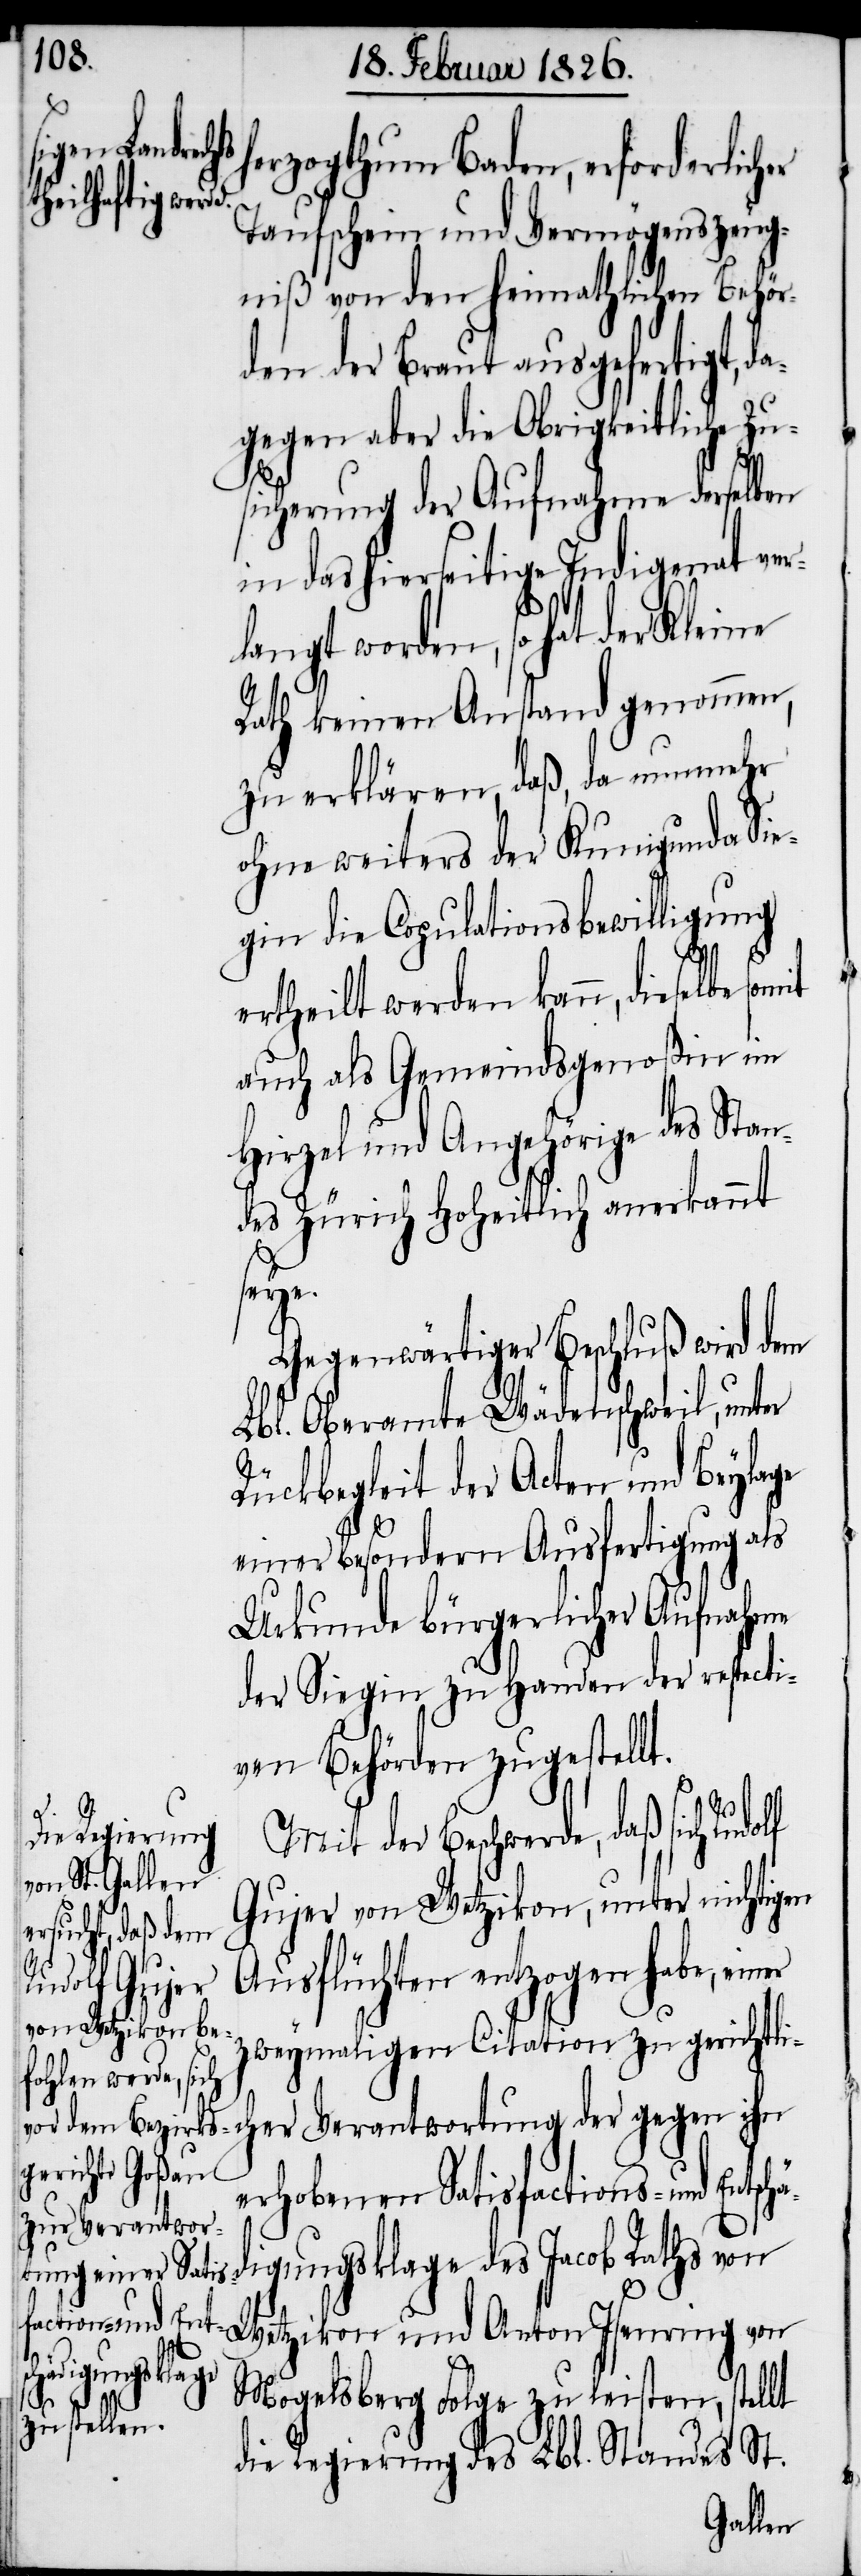
und Ant¬
herzogthum Baden, erforderlicher
Taufschein und Vermögenszeug¬
niß von den heimathlichen Behör¬
den der Braut ausgefertigt, da¬
gegen aber die Obrigkeitliche Zu¬
sicherung der Aufnahme derselben
in das hierseitige Indigenat ver¬
langt worden, so hat der
Rath keinen Anstand genommen,
zu erklären, daß, da nunmehr
ohne weiters der Kunigunda Sie¬
gin die Copulationsbewilligung
ertheilt werden kann, dieselbe
auch als Gemeindsgenoßin im
Hirzel und Angehörige des Stan¬
des Zürich Hoheitlich anerkannt
schä¬
Gegenwärtiger Beschluß wird dem
Lbl. Oberamte Wädenschweil, unter
Rückbegleit der Acten und Beylage
einer besondern Ausfertigung als
Urkunde bürgerlicher Aufnahme
der Siegin zu Handen der respecti¬
ven Behörden zugestellt.
Mit der Beschwerde, daß sich Rudolf
Gujer von Wetzikon, unter nichtigen
Ausflüchten entzogen habe, einer
zweymaligen Citation zu gerichtli¬
erhobenen Satisfactions- und Ent¬
cher Verantwor¬
digungsklage des Jacob Raths von
on Isenring
Mogelsberg Folge zu leisten, stellt
die Regierung des Lbl. Standes St.